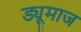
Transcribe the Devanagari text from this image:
ड्यूमाज